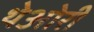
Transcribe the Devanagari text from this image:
थेओरी